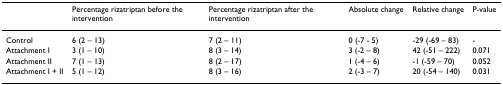
<table><thead><tr><td></td><td><b>Percentage rizatriptan before the intervention</b></td><td><b>Percentage rizatriptan after the intervention</b></td><td><b>Absolute change</b></td><td><b>Relative change</b></td><td><b>P-value</b></td></tr></thead><tbody><tr><td>Control</td><td>6 (2 – 13)</td><td>7 (2 – 11)</td><td>0 (-7 - 5)</td><td>-29 (-69 – 83)</td><td>-</td></tr><tr><td>Attachment I</td><td>3 (1 – 10)</td><td>8 (3 – 14)</td><td>3 (-2 – 8)</td><td>42 (-51 – 222)</td><td>0.071</td></tr><tr><td>Attachment II</td><td>7 (1 – 13)</td><td>8 (2 – 17)</td><td>1 (-4 – 6)</td><td>-1 (-59 – 70)</td><td>0.052</td></tr><tr><td>Attachment I + II</td><td>5 (1 – 12)</td><td>8 (3 – 16)</td><td>2 (-3 – 7)</td><td>20 (-54 – 140)</td><td>0.031</td></tr></tbody></table>